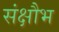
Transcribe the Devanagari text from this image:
संक्षौभ